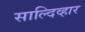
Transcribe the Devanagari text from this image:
साल्दिव्हार